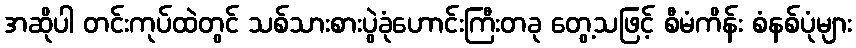
အဆိုပါ တင်းကုပ်ထဲတွင် သစ်သားစားပွဲခုံဟောင်းကြီးတခု တွေ့သဖြင့် စီမံကိန်း စံနစ်ပုံများ